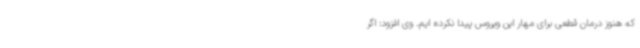
که هنوز درمان قطعی برای مهار این ویروس پیدا نکرده ایم. وی افزود: اگر